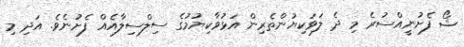
ޝޯ ފެށުނީއްސުރެ މި ދެ ލަވަކިޔުންތެރިން އަޅުވާކިޔުމުގެ ސިލްސިލާއެއް ފެށުނެވެ. އަދި މި